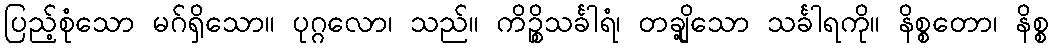
ပြည့်စုံသော မဂ်ရှိသော။ ပုဂ္ဂလော၊ သည်။ ကိဉ္စိသင်္ခါရံ၊ တချို့သော သင်္ခါရကို။ နိစ္စတော၊ နိစ္စ